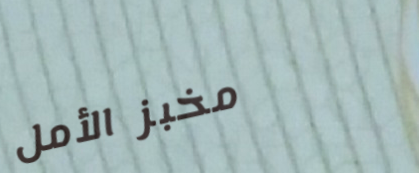
مخبز الأمل